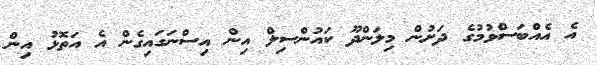
އެ އެއްބަސްވުމުގެ ދަށުން މިލަންދޫ ކައުންސިލް އިން އިސްނަގައިގެން އެ އަތޮޅު އިން